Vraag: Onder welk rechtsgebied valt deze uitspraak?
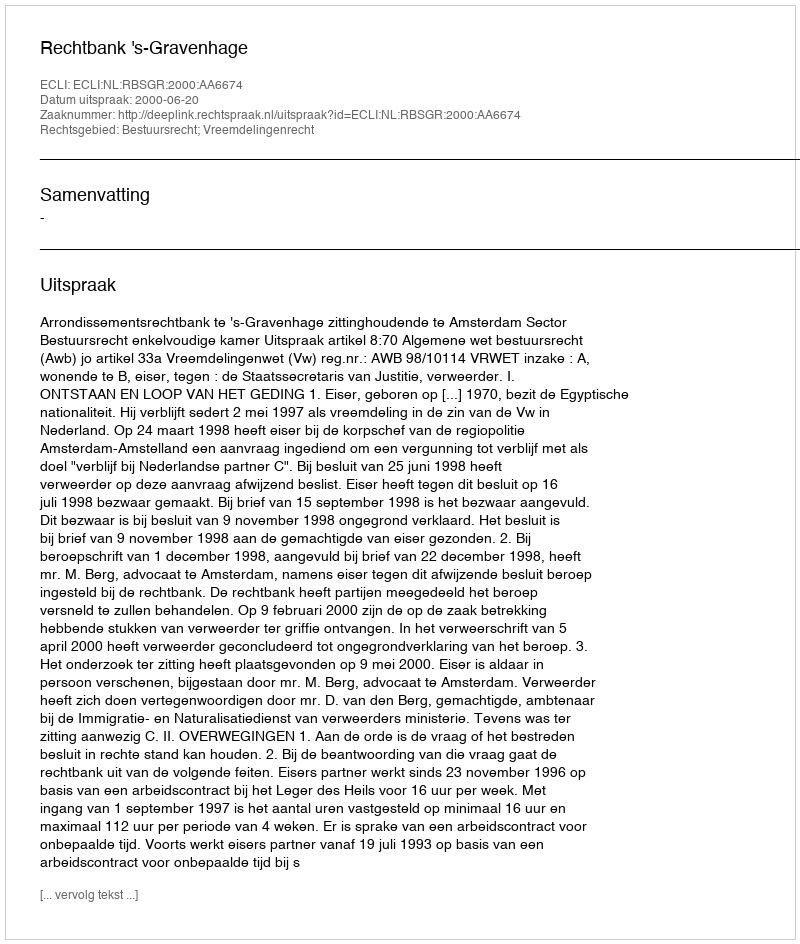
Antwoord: Bestuursrecht; Vreemdelingenrecht